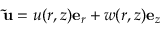
\mathbf { \tilde { { u } } } = u ( r , z ) \mathbf { e } _ { r } + w ( r , z ) \mathbf { e } _ { z }